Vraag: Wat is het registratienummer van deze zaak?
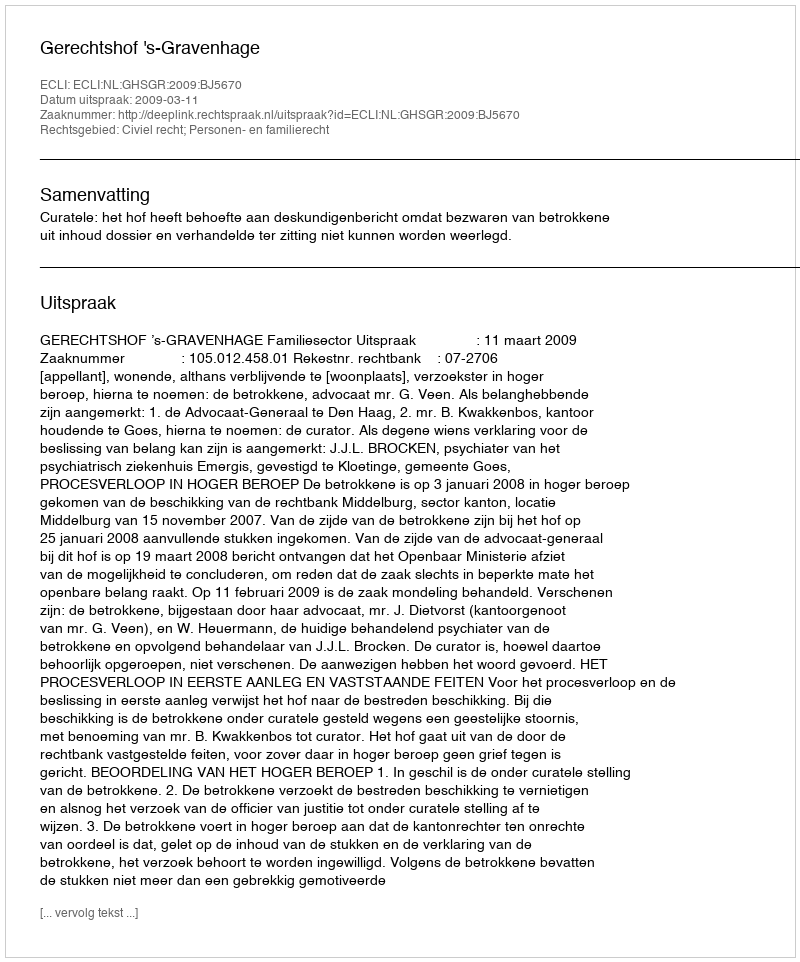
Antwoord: http://deeplink.rechtspraak.nl/uitspraak?id=ECLI:NL:GHSGR:2009:BJ5670